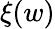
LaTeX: \xi(w)